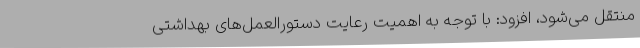
منتقل می‌شود، افزود: با توجه به اهمیت رعایت دستورالعمل‌های بهداشتی